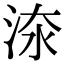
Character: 𣵟